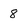
Character: 8